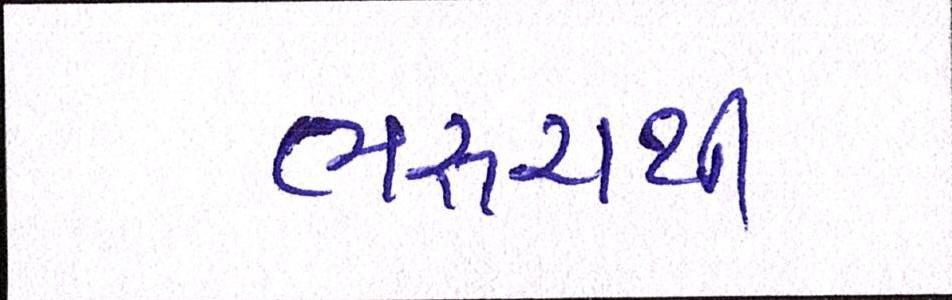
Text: ભરૂચથી